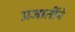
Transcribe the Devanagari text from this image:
प्रजातींने